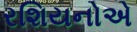
રશિયનોએ